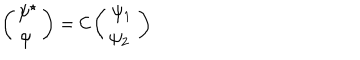
\left( \begin{array} { c } { { \psi ^ { \star } } } \\ { { \psi \ } } \\ \end{array} \right) = \mathcal { C } \left( \begin{array} { c } { { \psi _ { 1 } } } \\ { { \psi _ { 2 } \ } } \\ \end{array} \right)